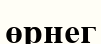
өрнег